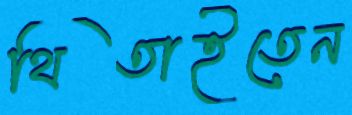
থিতাইতেন